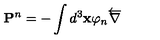
\mathbf { P } ^ { n } = - \int d ^ { 3 } \mathbf { x } \varphi _ { n } \overleftarrow { \nabla }